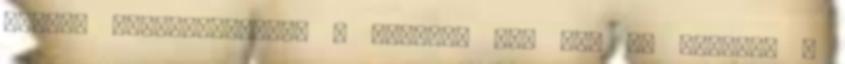
torta. Tulajdonképpen a krumpli ízt nem is érezni, a